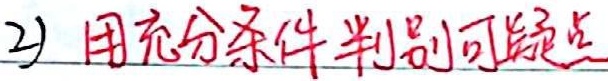
2) 用充分条件判别可疑点